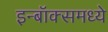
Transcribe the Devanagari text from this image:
इन्बॉक्समध्ये